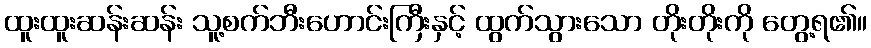
ထူးထူးဆန်းဆန်း သူ့စက်ဘီးဟောင်းကြီးနှင့် ထွက်သွားသော တိုးတိုးကို တွေ့ရ၏။